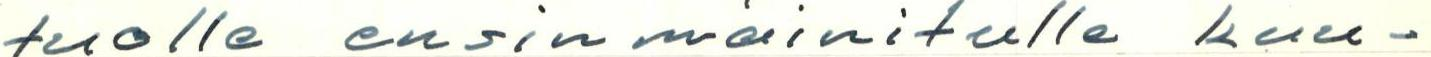
tuolle ensinmainitulle kuu-